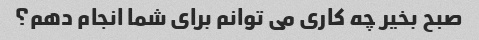
صبح بخیر چه کاری می توانم برای شما انجام دهم؟